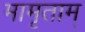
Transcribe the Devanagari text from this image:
मामृताम्‌